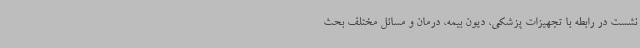
نشست در رابطه با تجهیزات پزشکی، دیون بیمه، درمان و مسائل مختلف بحث